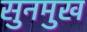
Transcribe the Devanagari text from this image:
सुनमुख